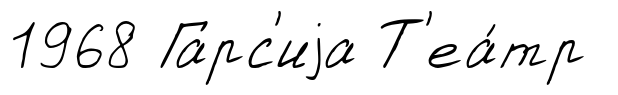
1968 Гарс'иjа Т'еа́тр